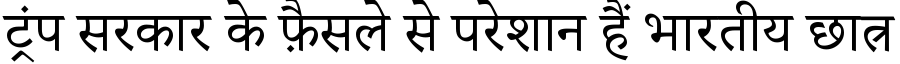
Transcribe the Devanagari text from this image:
ट्रंप सरकार के फ़ैसले से परेशान हैं भारतीय छात्र